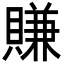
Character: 賺